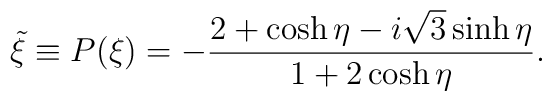
\tilde{\xi}\equiv P(\xi)=-\frac{2+\cosh\eta-i\sqrt{3}\sinh\eta}{1+2\cosh\eta}.